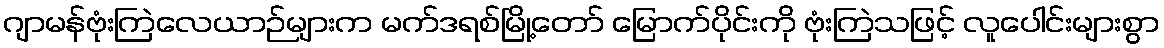
ဂျာမန်ဗုံးကြဲလေယာဉ်များက မက်ဒရစ်မြို့တော် မြောက်ပိုင်းကို ဗုံးကြဲသဖြင့် လူပေါင်းများစွာ